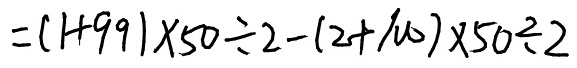
= ( 1 + 9 9 ) x 5 0 \div 2 - ( 2 + 1 0 0 ) x 5 0 \div 2